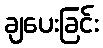
ချပေးခြင်း